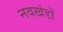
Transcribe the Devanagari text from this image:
नवखंडों